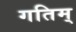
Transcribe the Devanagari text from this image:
गतिम्